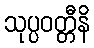
သုပ္ပဝတ္တီနိ